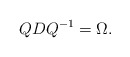
\begin{align*}QDQ^{-1}=\Omega.\end{align*}